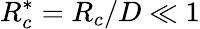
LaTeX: R_{c}^{*}={{R}_{c}}/D\ll 1